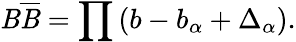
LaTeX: \mathit{B}\overline{{{{\mathit{B}}}}}=\prod\left(b-b_{\alpha}+\Delta_{\alpha}\right).